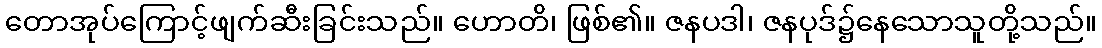
တောအုပ်ကြောင့်ဖျက်ဆီးခြင်းသည်။ ဟောတိ၊ ဖြစ်၏။ ဇနပဒါ၊ ဇနပုဒ်၌နေသောသူတို့သည်။